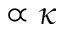
\propto \kappa